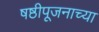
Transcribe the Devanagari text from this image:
षष्ठीपूजनाच्या